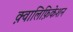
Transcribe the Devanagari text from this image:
क़्वालिफ़िकेशन